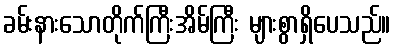
ခမ်းနားသောတိုက်ကြီးအိမ်ကြီး များစွာရှိပေသည်။